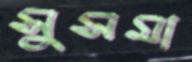
সুসমা